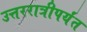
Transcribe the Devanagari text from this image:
उत्तररात्रीपर्यंत